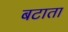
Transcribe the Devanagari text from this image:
बटाता